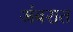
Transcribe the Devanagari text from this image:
अंबरात